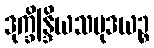
ဒုက္ခိန္ဒြိယသမုဒယဉ္စ